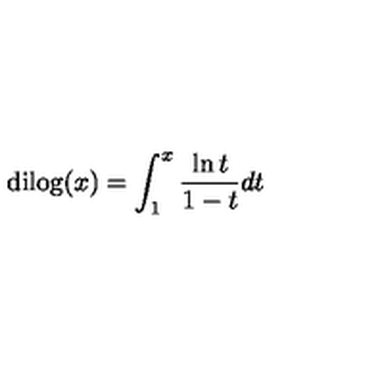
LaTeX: \mathrm { d i l o g } ( x ) = \int _ { 1 } ^ { x } { \frac { \ln { t } } { 1 - t } } d t